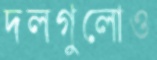
দলগুলোও